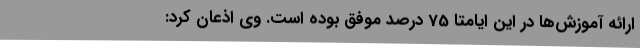
ارائه آموزش‌ها در این ایامتا 75 درصد موفق بوده است. وی اذعان کرد: